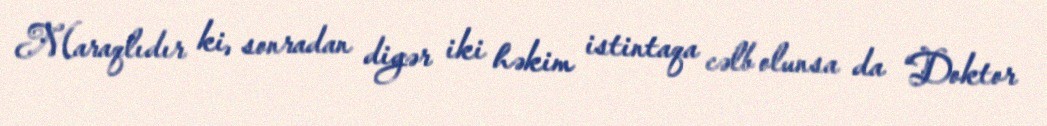
Maraqlıdır ki, sonradan digər iki həkim istintaqa cəlb olunsa da “Doktor